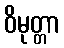
ဝိမုတ္တာ